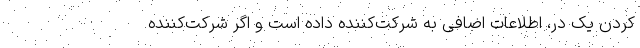
کردن یک در، اطلاعات اضافی به شرکت‌کننده داده است و اگر شرکت‌کننده